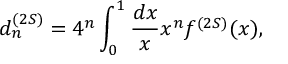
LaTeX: d _ { n } ^ { ( 2 S ) } = 4 ^ { n } \int _ { 0 } ^ { 1 } \frac { d x } { x } x ^ { n } f ^ { ( 2 S ) } ( x ) ,